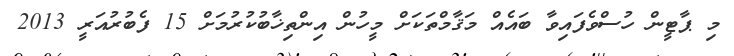
މި ޕާޓީން ހުސްވެފައިވާ ބައެއް މަޤާމްތަކަށް މީހުން އިންތިޚާބުކުރުމަށް 15 ފެބުރުއަރީ 2013